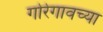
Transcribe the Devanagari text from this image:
गोरेगावच्या